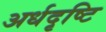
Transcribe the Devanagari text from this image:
अर्धदृष्टि